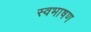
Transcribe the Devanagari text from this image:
स्वभाषण